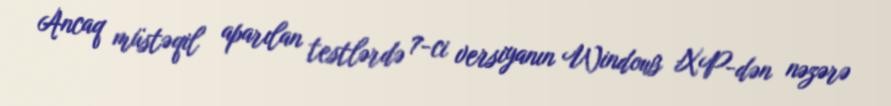
Ancaq müstəqil aparılan testlərdə 7-ci versiyanın Windows XP-dən nəzərə